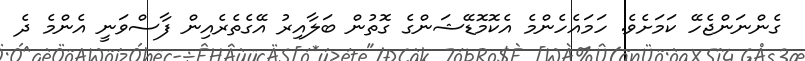
ގެންނަންޖެހޭ ކަމަށެވެ. ހަމައެހެންމެ އެކޮމޮޑޭޝަންގެ ގޮތުން ބަލާއިރު އޭގެތެރެއިން ފާސްވަނީ އެންމެ ދެ